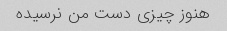
هنوز چیزی دست من نرسیده